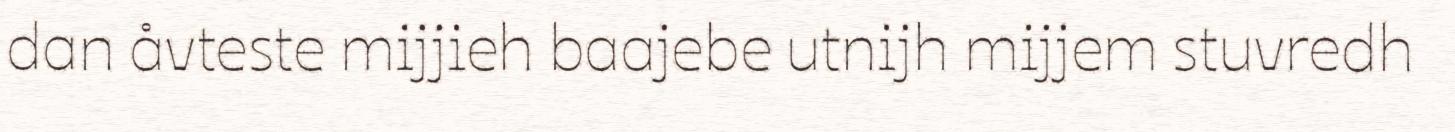
dan åvteste mijjieh baajebe utnijh mijjem stuvredh